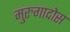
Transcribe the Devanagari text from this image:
मुरुगादोस